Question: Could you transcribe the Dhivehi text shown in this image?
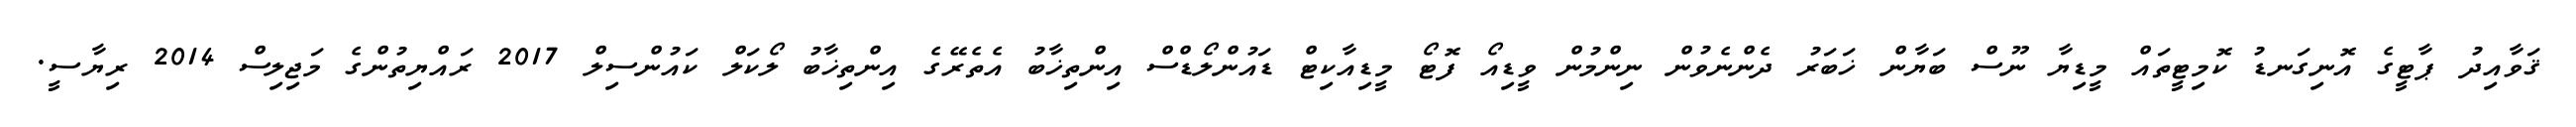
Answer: ޤަވާއިދު ޕާޓީގެ އޮނިގަނޑު ކޮމިޓީތައް މީޑިޔާ ނޫސް ބަޔާން ޚަބަރު ދެންނެވުން ނިންމުން ވީޑިއޯ ފޮޓޯ މީޑިއާކިޓް ޑައުންލޯޑްސް އިންތިޚާބު އެތެރޭގެ އިންތިޚާބު ލޯކަލް ކައުންސިލް 2017 ރައްޔިތުންގެ މަޖިލިސް 2014 ރިޔާސީ.